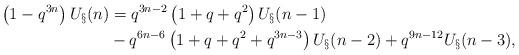
LaTeX: \begin{align*}\left(1 - q^{3n}\right) U_\S(n) & = q^{3n-2} \left(1 + q + q^2\right) U_\S(n-1) \\&- q^{6n-6} \left(1 + q + q^2 + q^{3n-3}\right) U_\S(n-2) + q^{9n-12} U_\S(n-3), \end{align*}